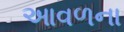
આવળના